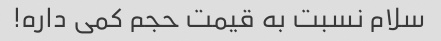
سلام نسبت به قیمت حجم کمی داره!